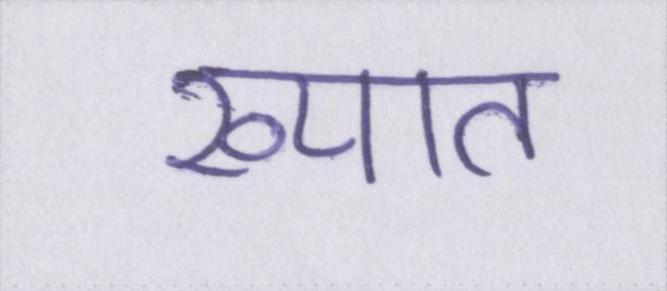
ख्यात